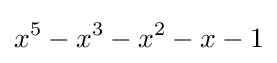
x^{5}-x^{3}-x^{2}-x-1